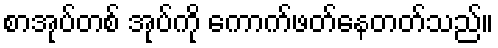
စာအုပ်တစ် အုပ်ကို ကောက်ဖတ်နေတတ်သည်။